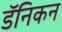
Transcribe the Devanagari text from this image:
डॅनिकन